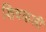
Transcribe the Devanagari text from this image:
शिवकली